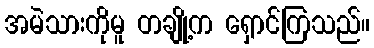
အမဲသားကိုမူ တချို့က ရှောင်ကြသည်။